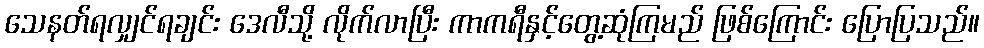
သေနတ်ရလျှင်ရချင်း ဒေလီသို့ လိုက်လာပြီး ကာကရီနှင့်တွေ့ဆုံကြမည် ဖြစ်ကြောင်း ပြောပြသည်။